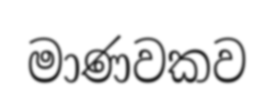
මාණවකව